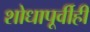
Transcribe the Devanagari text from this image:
शोधापूर्वीही